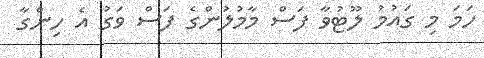
ހަމަ މި ގައުމު ލޫޓުވާ ފަސް މާމުލުންގެ ފަސް ވަގު އެ ހިންގާ